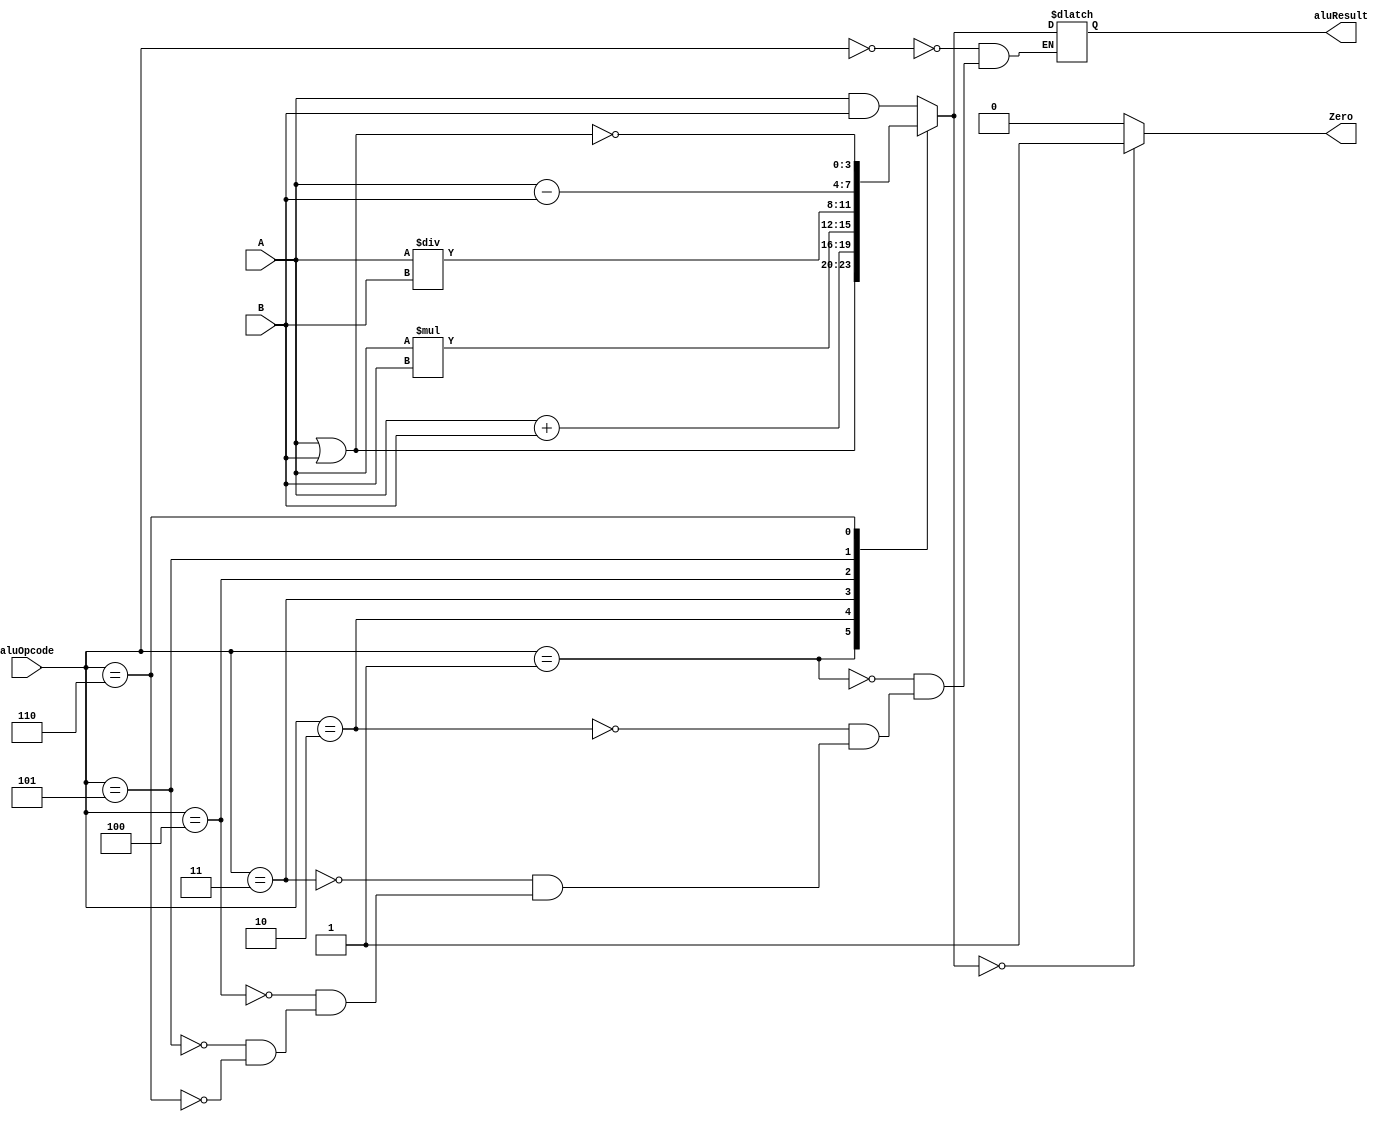
module ALU(
  input [3:0] A,
  input [3:0] B,
  input [3:0] aluOpcode,
  output reg [3:0] aluResult,
  output reg Zero);

  always @(A or B or aluOpcode) begin
    case (aluOpcode)
      4'b0000 : aluResult = A & B;
      4'b0001 : aluResult = A | B;
      4'b0010 : aluResult = A + B;
      4'b0011 : aluResult = A * B;
      4'b0100 : aluResult = A / B;
      4'b0101 : aluResult = A - B;
      4'b0110 : aluResult = ~(A | B);
    endcase

    if (aluResult == 0)
      Zero = 1'b1;
    else
      Zero = 1'b0;
  end
endmodule